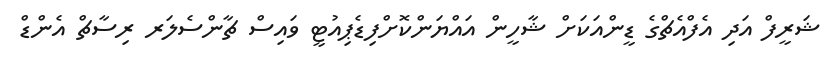
ޝަރީފް އަދި އެފްއެޗްގެ ޑީންއަކަށް ޝާހީން އައްޔަންކޮށްފިޑެޕިއުޓީ ވައިސް ޗާންސެލަރ ރިސާޗް އެންޑް